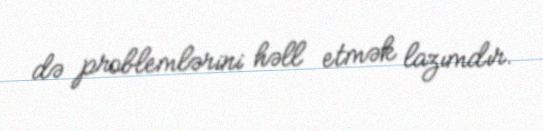
də problemlərini həll etmək lazımdır.